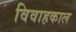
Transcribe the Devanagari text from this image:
विवाहकाल